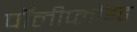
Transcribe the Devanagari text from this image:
पॉलीप्लॉइड